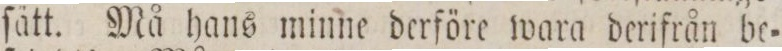
ſätt. Må hans minne derföre wara derifrån be=